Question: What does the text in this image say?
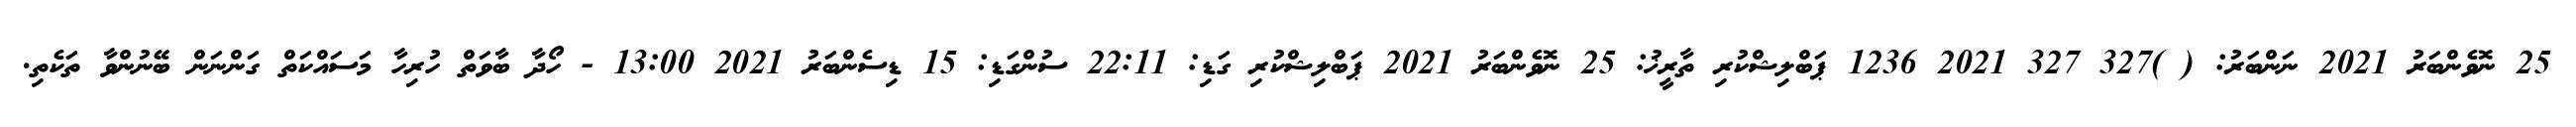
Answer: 25 ނޮވެންބަރު 2021 ނަންބަރު: ( )327 327 2021 1236 ޕަބްލިޝްކުރި ތާރީޚު: 25 ނޮވެންބަރު 2021 ޕަބްލިޝްކުރި ގަޑި: 22:11 ސުންގަޑި: 15 ޑިސެންބަރު 2021 13:00 - ހޯދާ ބާވަތް ހުރިހާ މަސައްކަތް ގަންނަން ބޭނުންވާ ތަކެތި.